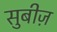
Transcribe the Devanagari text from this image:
सुबीज़